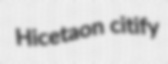
Hicetaon citify